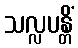
သလ္လပန္တိံ